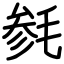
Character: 毵